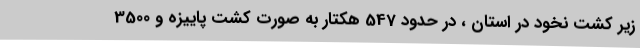
زیر کشت نخود در استان ، در حدود 547 هکتار به صورت کشت پاییزه و 3500